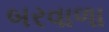
બરવાળા